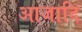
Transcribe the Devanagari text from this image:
आजादि